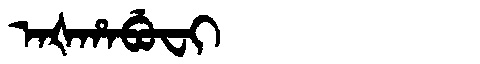
Manchu: ᠠᡧᡥᠠᠪᡠᠸᡳ
Romanization: AŠHABUFI